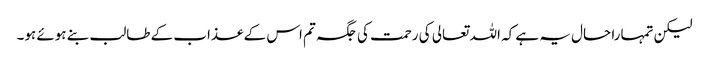
لیکن تمہارا حال یہ ہے کہ اللہ تعالی کی رحمت کی جگہ تم اس کے عذاب کے طالب بنے ہوئے ہو۔